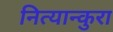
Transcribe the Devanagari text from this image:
नित्यान्कुरा